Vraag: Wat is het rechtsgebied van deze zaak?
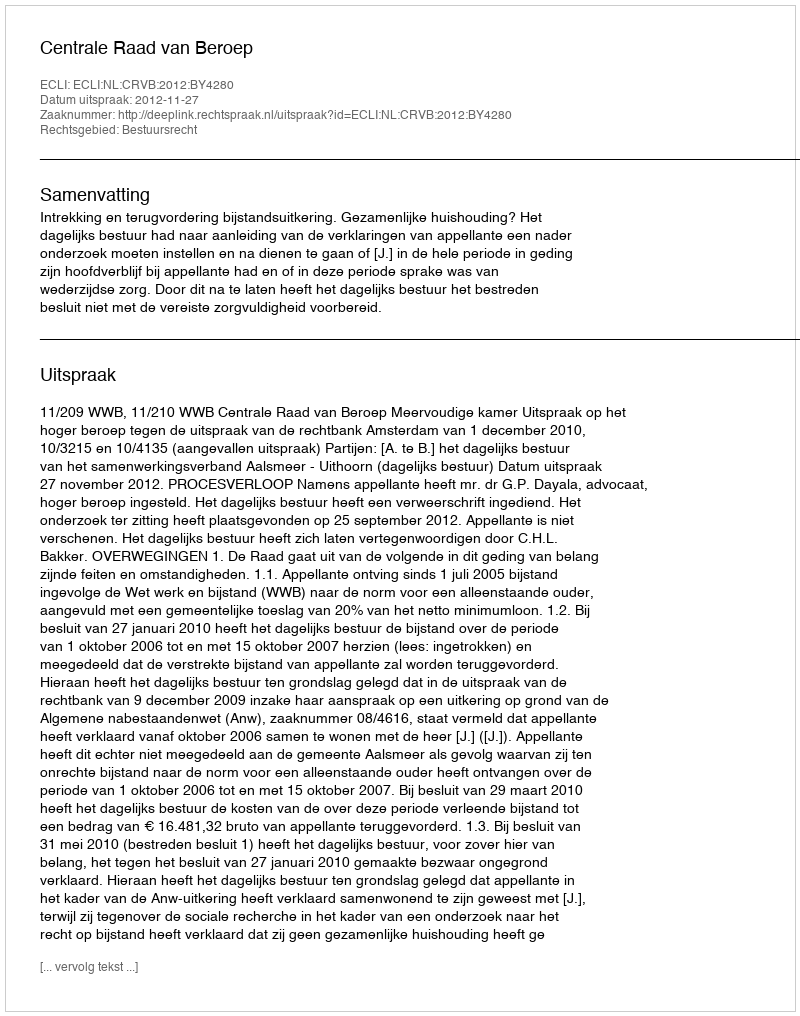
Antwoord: Bestuursrecht